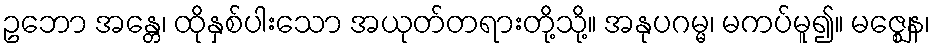
ဥဘော အန္တေ၊ ထိုနှစ်ပါးသော အယုတ်တရားတို့သို့။ အနုပဂမ္မ၊ မကပ်မူ၍။ မဇ္ဈေန၊